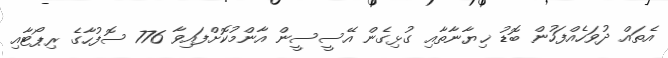
އެތައް ދުވަހެއްފަހުން ބޮޑު ޚިޔާނާތާއި ގުޅިގެން އޭސީސީން އާންމުކޮށްފައިވާ 776 ސޮފުހާގެ ރިޕޯޓާއި